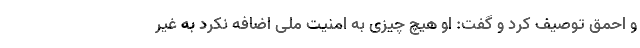
و احمق توصیف کرد و گفت: او هیچ چیزی به امنیت ملی اضافه نکرد به غیر